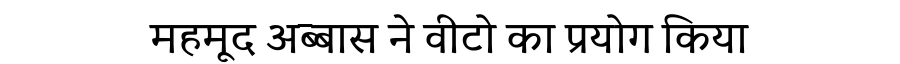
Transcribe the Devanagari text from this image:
महमूद अब्बास ने वीटो का प्रयोग किया